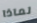
لماذا